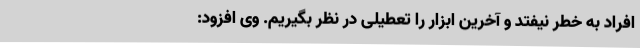
افراد به خطر نیفتد و آخرین ابزار را تعطیلی در نظر بگیریم. وی افزود: